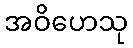
အဝိဟေသု